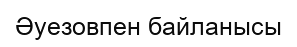
Әуезовпен байланысы